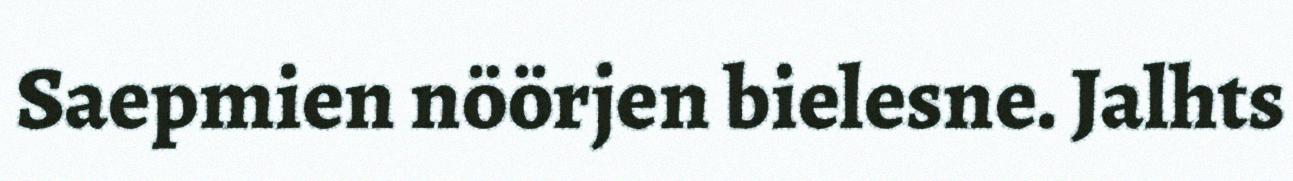
Saepmien nöörjen bielesne. Jalhts